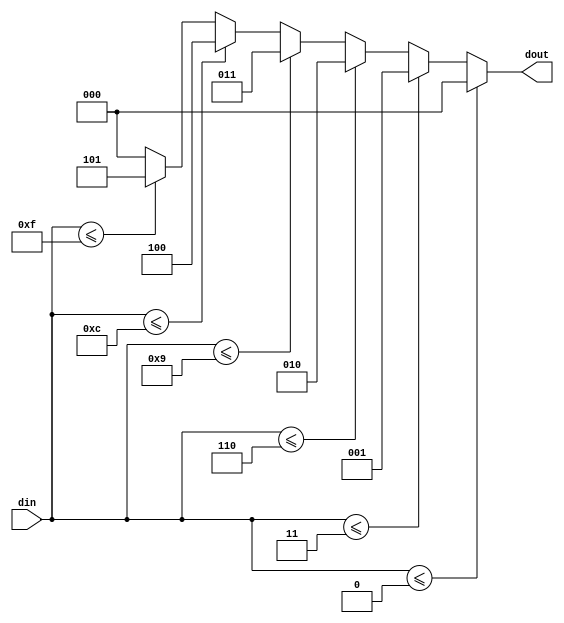
module div(
    input [3:0] din,
    output [2:0] dout
);
    reg [2:0] mid;
    always @(din) begin
        mid=3'b000;
        if(din<=4'b1111)
            mid=3'b101;
        if(din<=4'b1100)
            mid=3'b100;
        if(din<=4'b1001)
            mid=3'b011;
        if(din<=4'b0110)
            mid=3'b010;
        if(din<=4'b0011)
            mid=3'b001;
        if(din<=4'b0000)
            mid=3'b000;        
    end
    assign dout=mid;
endmodule